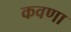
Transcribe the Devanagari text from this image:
कवणा